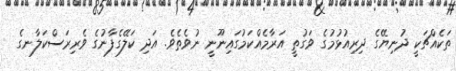
ތަކެއްޗަކީ ދުނިޔޭގެ ދިރިއުޅުމުގެ ވަގުތީ އަރާމެއްކަމުގައިނޫނީ ނުވެެތެވެ. އަދި ކަލޭގެފާނުގެ ވެރިރަސްކަލާނގެ